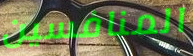
المنافسين